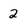
Character: 2